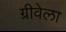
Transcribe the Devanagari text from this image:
ग्रीवेला